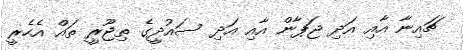
ޗައިނާ އާއި އަދި ޖަޕާން އާއި އަދި ސައުދީގެ ތިޖޫރީ ތައް އެހެެރީ